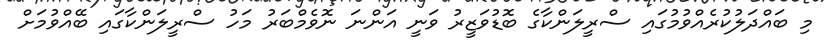
މި ބައްދަލުކުރެއްވުމުގައި ސްރީލަންކާގެ ބޮޑުވަޒީރު ވަނީ އަންނަ ނޮވެމްބަރު މަހު ސްރީލަންކާގައި ބޭއްވުމަށް